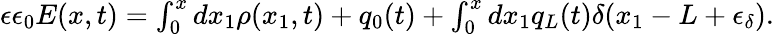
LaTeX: \begin{array}{r}{\epsilon\epsilon_{0}E(x,t)=\int_{0}^{x}dx_{1}\rho(x_{1},t)+q_{0}(t)+\int_{0}^{x}dx_{1}q_{L}(t)\delta(x_{1}-L+\epsilon_{\delta}).}\end{array}